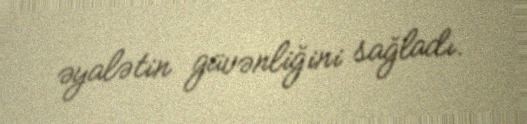
əyalətin güvənliğini sağladı.